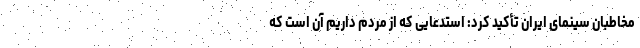
مخاطبان سینمای ایران تأکید کرد: استدعایی که از مردم داریم آن است که